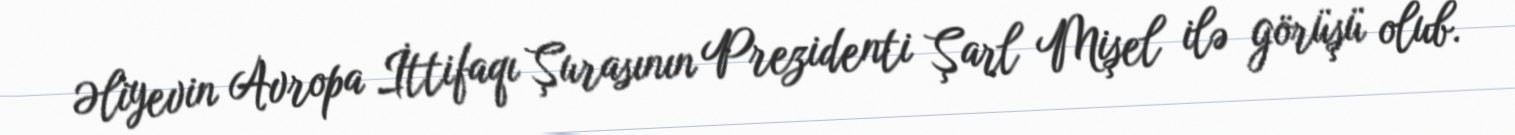
Əliyevin Avropa İttifaqı Şurasının Prezidenti Şarl Mişel ilə görüşü olub.